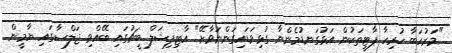
"މަރުހަބާ ހުރިހާ ޕާޓީތަކުން އަޅުގަނޑުމެންނާ ގުޅިވަޑައިގަންނަވާށޭ" އާޓިފިޝަލް ބީޗުގައި ބޭއްވި ޖަލްސާގައި ޔާމީން